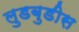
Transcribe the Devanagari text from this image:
लुडबुडीस